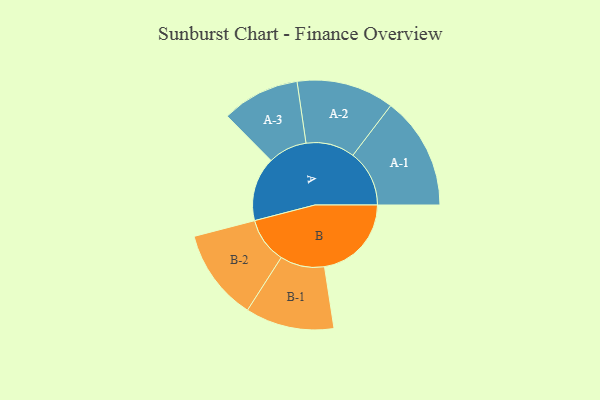
{"axis": {"x": "Segment", "y": "Value"}, "legend": ["", "A", "B"], "data": [{"x": "A", "y": 319, "type": ""}, {"x": "B", "y": 433, "type": ""}, {"x": "A-1", "y": 281, "type": "A"}, {"x": "A-2", "y": 243, "type": "A"}, {"x": "A-3", "y": 194, "type": "A"}, {"x": "B-1", "y": 221, "type": "B"}, {"x": "B-2", "y": 228, "type": "B"}]}